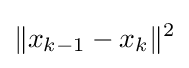
\|x_{k-1}-x_{k}\|^{2}